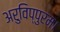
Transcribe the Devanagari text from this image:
अरुविप्पुरम।